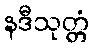
နဒီသုတ္တံ